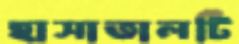
হাসাতালটি